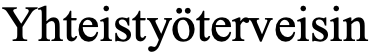
Yhteistyöterveisin